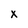
Character: x